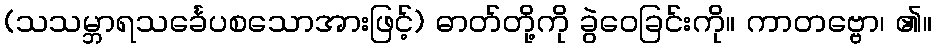
(သသမ္ဘာရသင်္ခေပစသောအားဖြင့်) ဓာတ်တို့ကို ခွဲဝေခြင်းကို။ ကာတဗ္ဗော၊ ၏။